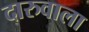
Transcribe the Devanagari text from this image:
दारुवाला